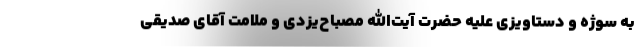
به سوژه و دستاویزی علیه حضرت آیت‌الله مصباح‌یزدی و ملامت آقای صدیقی